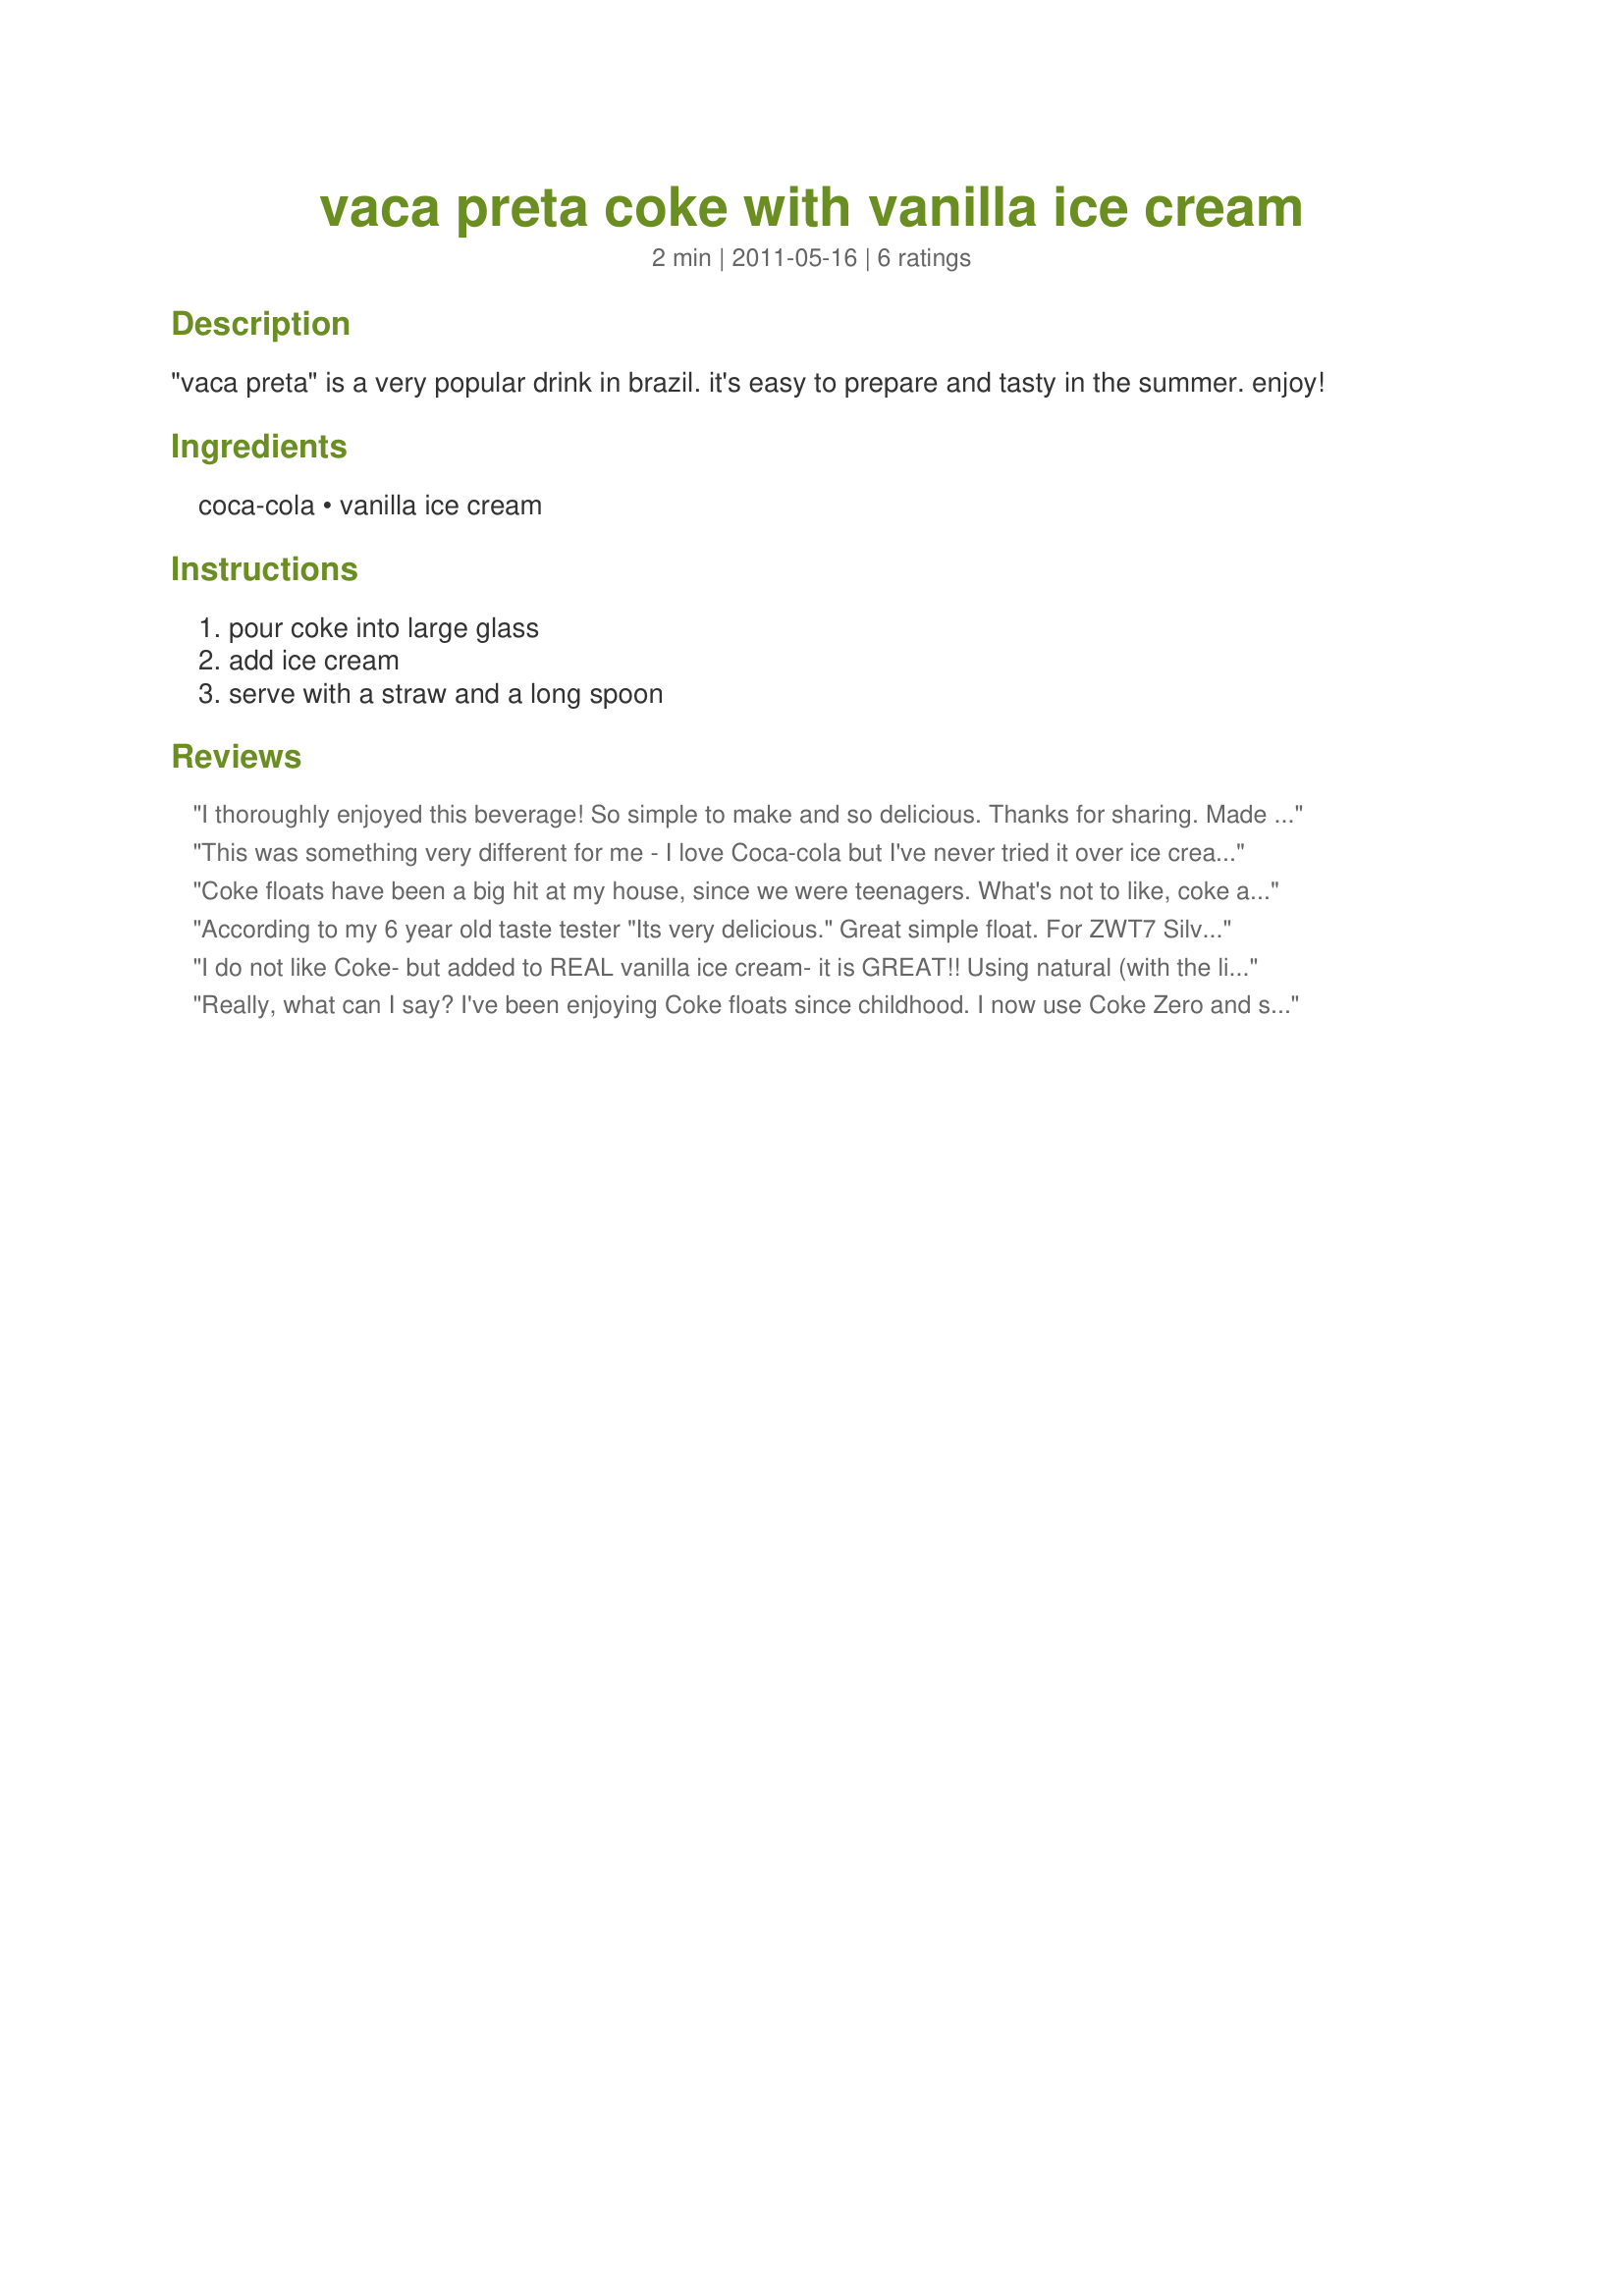
vaca preta coke with vanilla ice cream
Preparation time: 2 minutes

"vaca preta" is a very popular drink in brazil. it's easy to prepare and tasty in the summer. enjoy!

Ingredients:
coca-cola, vanilla ice cream

Steps:
pour coke into large glass, add ice cream, serve with a straw and a long spoon

Reviews:
I thoroughly enjoyed this beverage! So simple to make and so delicious. Thanks for sharing. Made for ZWT7.
This was something very different for me - I love Coca-cola but I've never tried it over ice cream before. The actual vanilla bean ice cream really came through gave it a very exotic flavor - almost like a chai spice dessert. Very good! Made for ZWT 7.
Coke floats have been a big hit at my house, since we were teenagers. What's not to like, coke and vanilla ice cream. I didn't have any vanilla bean ice cream, so I added vanilla beans to my ice cream. Wow, was it good. Thanks for sharing this lovely recipe.
According to my 6 year old taste tester "Its very delicious." Great simple float. For ZWT7 Silver team.
I do not like Coke- but added to REAL vanilla ice cream- it is GREAT!! Using natural (with the lil' bits of bean mixed in) really does make a difference.DELICIOUS!! Made for ZWT7.
Really, what can I say? I've been enjoying Coke floats since childhood. I now use Coke Zero and sugarless ice cream but the end result is the same. YUM.
